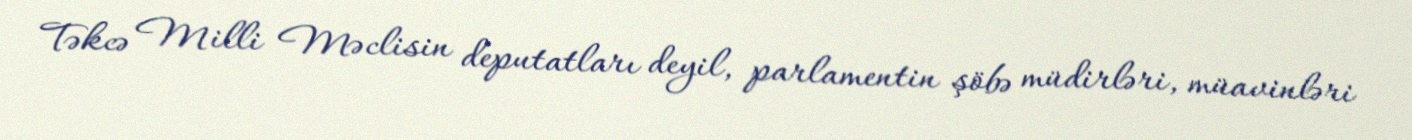
Təkcə Milli Məclisin deputatları deyil, parlamentin şöbə müdirləri, müavinləri